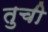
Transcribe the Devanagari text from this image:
तुची